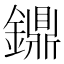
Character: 鐤